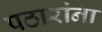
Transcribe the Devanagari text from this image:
पठारांना